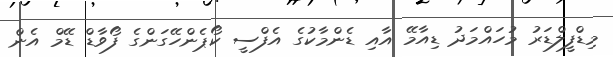
މިޑްފީލްޑަރު މުހައްމަދު ޑިއާމޭ އާއި ޑެންމާކުގެ އެފްސީ ކޯޕެންހޭގަންގެ ފޯވާޑް ޑޭމް އެން